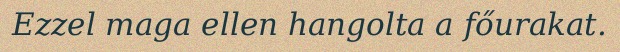
Ezzel maga ellen hangolta a főurakat.